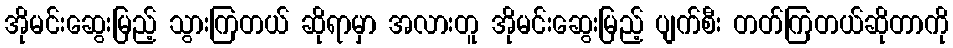
အိုမင်းဆွေးမြည့် သွားကြတယ် ဆိုရာမှာ အလားတူ အိုမင်းဆွေးမြည့် ပျက်စီး တတ်ကြတယ်ဆိုတာကို